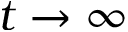
t \to \infty